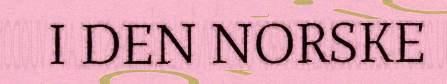
I DEN NORSKE